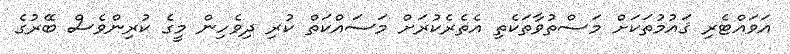
އަވައްޓެރި ޤައުމުތަކަށް މަސްތުވާތަކެތި އެެތެރެކުރަށް މަސައްކަތް ކުރި ދިވެހިން މީގެ ކުރިންވެސް ބޭރުގެ